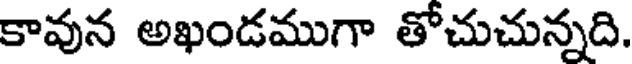
కావున అఖండముగా తోచుచున్నది.